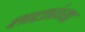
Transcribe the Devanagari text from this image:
शाक्तांच्या